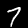
Label: 7